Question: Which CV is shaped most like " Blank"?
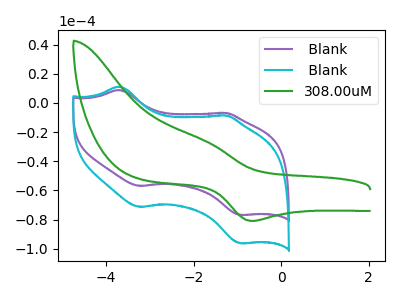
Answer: <think>The purple curve " Blank" has anodic peaks at (-3.70V, 8.90uA) (-1.25V, -6.85uA) and cathodic peaks at (-3.25V, -56.90uA) (-0.95V, -76.75uA). The cyan curve " Blank" has anodic peaks at (-3.70V, 11.15uA) (-1.25V, -8.60uA) and cathodic peaks at (-3.25V, -71.30uA) (-0.95V, -96.15uA). The green curve "308.00uM" has an anodic peak at (-1.75V, -26.00uA) and a cathodic peak at (-0.65V, -80.85uA).
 All the peaks in " Blank" have a peak in " Blank" at the same potential. " Blank" and "308.00uM" have a different number of peaks. " Blank" and "308.00uM" have a different number of peaks.</think>
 <answer>The CV with the most similar shape to " Blank" is " Blank".</answer>
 <eval>" Blank"</eval>